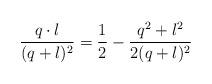
LaTeX: \begin{align*}{q\cdot l\over(q+l)^2}={1\over2}-{q^2+l^2\over2(q+l)^2}\end{align*}